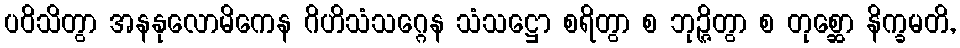
ပဝိသိတွာ အနနုလောမိကေန ဂိဟိသံသဂ္ဂေန သံသဋ္ဌော စရိတွာ စ ဘုဉ္ဇိတွာ စ တုစ္ဆော နိက္ခမတိ,